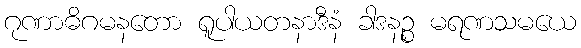
ဂုဏာဓိဂမနတော ရူပါယတနာဒီနံ ခါဒနဉ္စ မရဏသမယေ